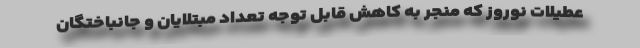
عطیلات نوروز که منجر به کاهش قابل توجه تعداد مبتلایان و جانباختگان